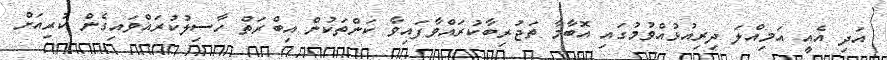
އަދި އެއީ އަމިއްލަ ދިރިއުޅުއްވުމުގައި އޮބާމާ ތަޖުރިބާކުރައްވާފައިވާ ކަންތަކުން އިބްރަތް ހާސިލުކުރައްވައިގެން ކުރިއަށް